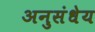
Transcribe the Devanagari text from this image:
अनुसंधेय